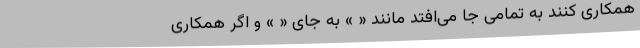
همکاری کنند به تمامی جا می‌افتد مانند « » به جای « » و اگر همکاری